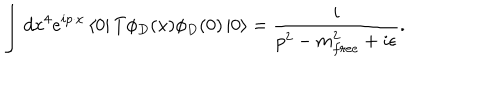
LaTeX: \int d x ^ { 4 } e ^ { i p \cdot x } \left< 0 \right| T \phi _ { D } ( x ) \phi _ { D } ( 0 ) \left| 0 \right> = \frac { i } { p ^ { 2 } - m _ { f r e e } ^ { 2 } + i \epsilon } .